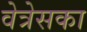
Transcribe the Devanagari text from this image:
वेत्रेसका